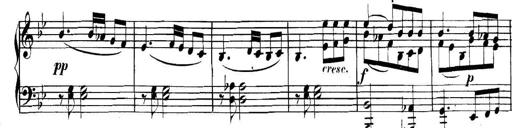
Title: Collected Piano Sonatas
Composer: Muzio Clementi